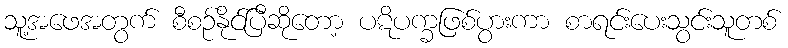
သူ့အဖေအတွက် စီစဉ်နိုင်ပြီဆိုတော့ ပဋိပက္ခဖြစ်ပွားကာ စာရင်းပေးသွင်းသူတစ်